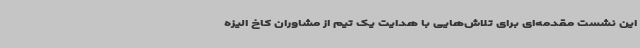
این نشست مقدمه‌ای برای تلاش‌هایی با هدایت یک تیم از مشاوران کاخ الیزه